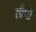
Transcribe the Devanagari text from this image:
सौंपो